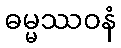
ဓမ္မဿဝနံ